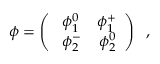
\phi = \left( \begin{array} { c c } { { \; \phi _ { 1 } ^ { 0 } \; \; \; \; \phi _ { 1 } ^ { + } } } \\ { { \; \phi _ { 2 } ^ { - } \; \; \; \; \phi _ { 2 } ^ { 0 } } } \end{array} \right) \; \; ,